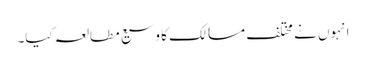
انہوں نے مختلف مسالک کا وسیع مطالعہ کیا۔